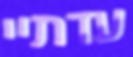
עדתיי